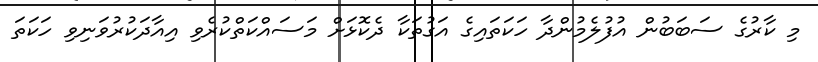
މި ކާރުގެ ސަބަބުން އުފުލެމުންދާ ހަކަތައިގެ އަގުތަކާ ދެކޮޅަށް މަސައްކަތްކުރެވި އިއާދަކުރުވަނިވި ހަކަތަ